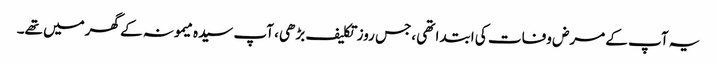
یہ آپ کے مرض وفات کی ابتدا تھی ،جس روز تکلیف بڑھی، آپ سیدہ میمونہ کے گھرمیں تھے۔